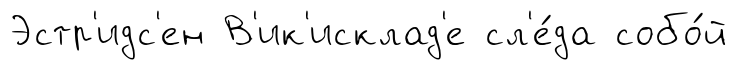
Эстр'идс'ен В'ик'исклад'е сл'е́да собо́й